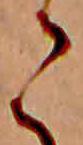
こ